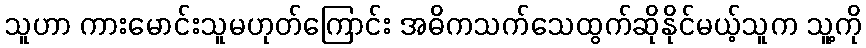
သူဟာ ကားမောင်းသူမဟုတ်ကြောင်း အဓိကသက်သေထွက်ဆိုနိုင်မယ့်သူက သူ့ကို